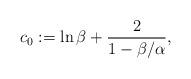
LaTeX: \begin{align*} c_0 := \ln \beta + \frac{2}{1 - \beta/\alpha},\end{align*}